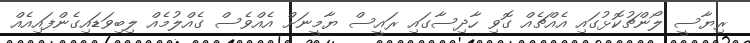
ރިޔާސީ ލޯންޗުކޮޅުގައި އެއްޗެއް ގޮވި ހާދިސާގައި ރައީސް ޔާމީނަށް އެއްވެސް ގެއްލުމެއް ލިބިވަޑައިގެންފައިއެއް